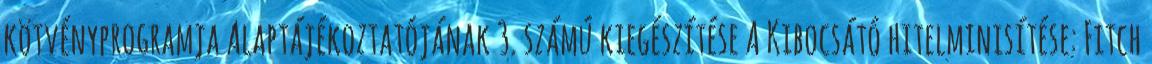
kötvényprogramja Alaptájékoztatójának 3. számú kiegészítése A Kibocsátó hitelminısítése: Fitch